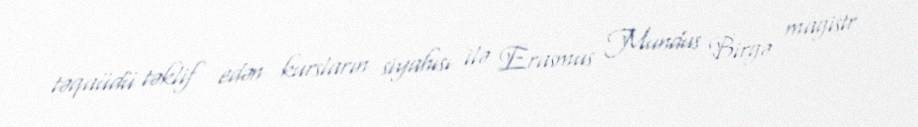
təqaüdü təklif edən kursların siyahısı ilə Erasmus Mundus Birgə magistr